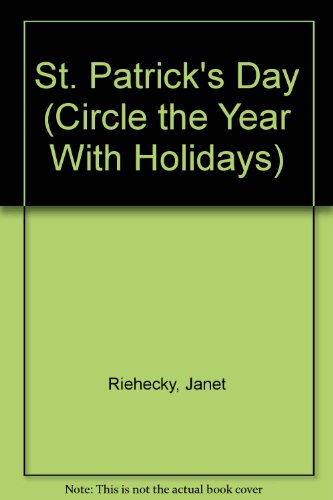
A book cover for St. Patrick's Day (Circle the Year With Holidays); Janet Riehecky; Children's Books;